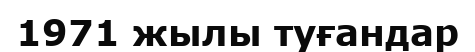
1971 жылы туғандар